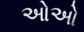
ઓઓ